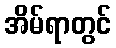
အိမ်ရာတွင်